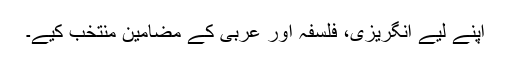
اپنے لیے انگریزی، فلسفہ اور عربی کے مضامین منتخب کیے۔